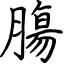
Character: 膓